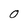
Character: 0